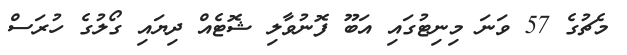
މެޗުގެ 57 ވަނަ މިނިޓުގައި އަބޫ ފޮނުވާލި ޝޮޓެއް ދިޔައި ގޯލުގެ ހުރަސް